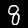
Digit: 8